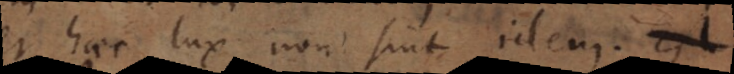
et haec lux non sint idem, ergo